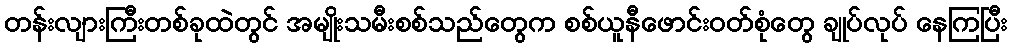
တန်းလျားကြီးတစ်ခုထဲတွင် အမျိုးသမီးစစ်သည်တွေက စစ်ယူနီဖောင်းဝတ်စုံတွေ ချုပ်လုပ် နေကြပြီး